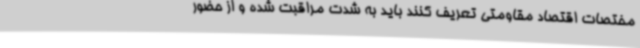
مختصات اقتصاد مقاومتی تعریف کنند باید به شدت مراقبت شده و از حضور